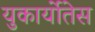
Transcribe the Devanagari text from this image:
युकार्योतेस